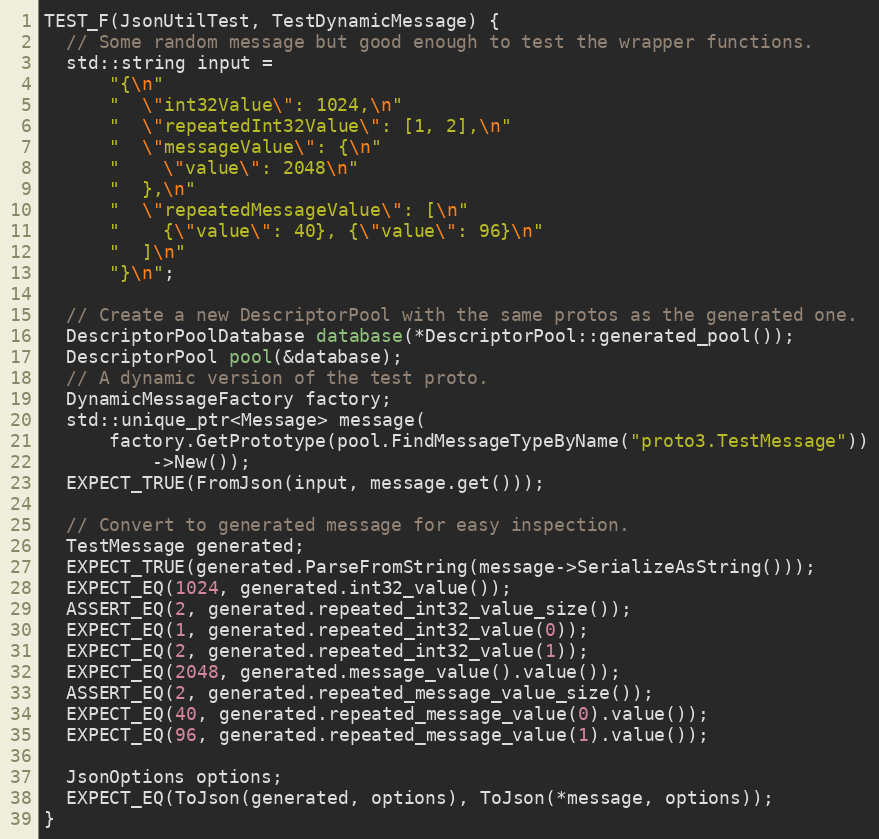
Language: C++
TEST_F(JsonUtilTest, TestDynamicMessage) {
  // Some random message but good enough to test the wrapper functions.
  std::string input =
      "{\n"
      "  \"int32Value\": 1024,\n"
      "  \"repeatedInt32Value\": [1, 2],\n"
      "  \"messageValue\": {\n"
      "    \"value\": 2048\n"
      "  },\n"
      "  \"repeatedMessageValue\": [\n"
      "    {\"value\": 40}, {\"value\": 96}\n"
      "  ]\n"
      "}\n";

  // Create a new DescriptorPool with the same protos as the generated one.
  DescriptorPoolDatabase database(*DescriptorPool::generated_pool());
  DescriptorPool pool(&database);
  // A dynamic version of the test proto.
  DynamicMessageFactory factory;
  std::unique_ptr<Message> message(
      factory.GetPrototype(pool.FindMessageTypeByName("proto3.TestMessage"))
          ->New());
  EXPECT_TRUE(FromJson(input, message.get()));

  // Convert to generated message for easy inspection.
  TestMessage generated;
  EXPECT_TRUE(generated.ParseFromString(message->SerializeAsString()));
  EXPECT_EQ(1024, generated.int32_value());
  ASSERT_EQ(2, generated.repeated_int32_value_size());
  EXPECT_EQ(1, generated.repeated_int32_value(0));
  EXPECT_EQ(2, generated.repeated_int32_value(1));
  EXPECT_EQ(2048, generated.message_value().value());
  ASSERT_EQ(2, generated.repeated_message_value_size());
  EXPECT_EQ(40, generated.repeated_message_value(0).value());
  EXPECT_EQ(96, generated.repeated_message_value(1).value());

  JsonOptions options;
  EXPECT_EQ(ToJson(generated, options), ToJson(*message, options));
}